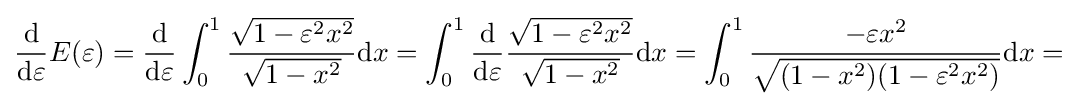
{\frac {\mathrm {d} }{\mathrm {d} \varepsilon }}E(\varepsilon )={\frac {\mathrm {d} }{\mathrm {d} \varepsilon }}\int _{0}^{1}{\frac {\sqrt {1-\varepsilon ^{2}x^{2}}}{\sqrt {1-x^{2}}}}\mathrm {d} x=\int _{0}^{1}{\frac {\mathrm {d} }{\mathrm {d} \varepsilon }}{\frac {\sqrt {1-\varepsilon ^{2}x^{2}}}{\sqrt {1-x^{2}}}}\mathrm {d} x=\int _{0}^{1}{\frac {-\varepsilon x^{2}}{\sqrt {(1-x^{2})(1-\varepsilon ^{2}x^{2})}}}\mathrm {d} x=